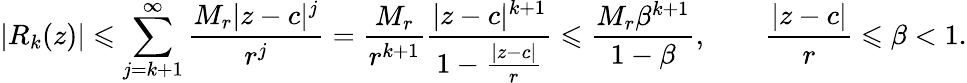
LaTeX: |R_{k}(z)|\leqslant\sum_{j=k+1}^{\infty}{\frac{M_{r}|z-c|^{j}}{r^{j}}}={\frac{M_{r}}{r^{k+1}}}{\frac{|z-c|^{k+1}}{1-{\frac{|z-c|}{r}}}}\leqslant{\frac{M_{r}\beta^{k+1}}{1-\beta}},\qquad{\frac{|z-c|}{r}}\leqslant\beta<1.